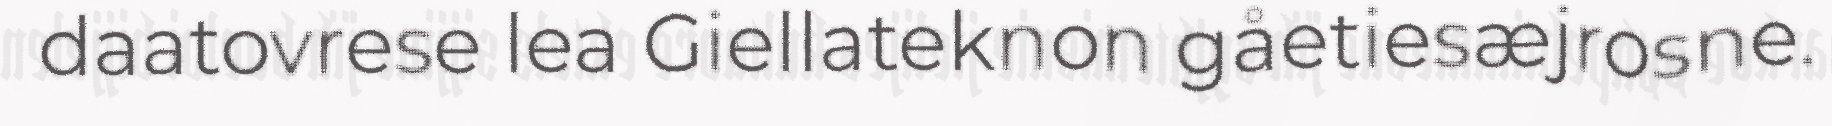
daatovrese lea Giellateknon gåetiesæjrosne.